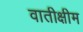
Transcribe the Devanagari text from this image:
वातीक्षीम